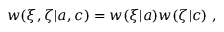
\begin{array} { r } { w ( \xi , \zeta | { a } , { c } ) = w ( \xi | { a } ) w ( \zeta | { c } ) \; , } \end{array}